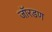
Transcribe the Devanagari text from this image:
जॉरडण